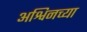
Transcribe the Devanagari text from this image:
अश्विनच्या